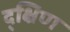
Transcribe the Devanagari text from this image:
द्क्षिण